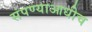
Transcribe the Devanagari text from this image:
संपण्याआधीच